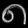
Digit: ၈